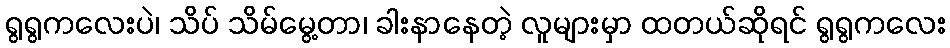
ရွရွကလေးပဲ၊ သိပ် သိမ်မွေ့တာ၊ ခါးနာနေတဲ့ လူများမှာ ထတယ်ဆိုရင် ရွရွကလေး